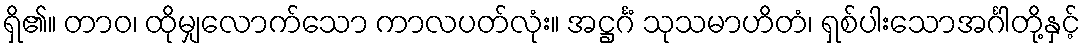
ရှိ၏။ တာဝ၊ ထိုမျှလောက်သော ကာလပတ်လုံး။ အဋ္ဌင်္ဂံ သုသမာဟိတံ၊ ရှစ်ပါးသောအင်္ဂါတို့နှင့်